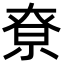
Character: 尞